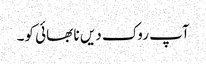
آپ روک دیں نا بھائی کو۔